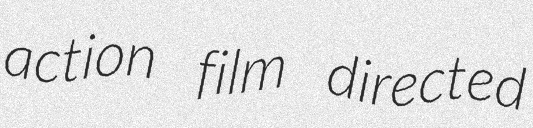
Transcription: action film directed